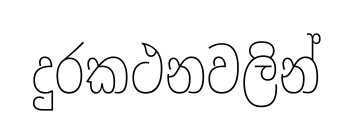
දුරකථනවලින්